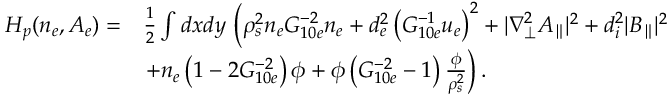
\begin{array} { r l } { H _ { p } ( n _ { e } , A _ { e } ) = } & { \frac { 1 } { 2 } \int d x d y \, \left( \rho _ { s } ^ { 2 } n _ { e } G _ { 1 0 e } ^ { - 2 } n _ { e } + d _ { e } ^ { 2 } \left( G _ { 1 0 e } ^ { - 1 } u _ { e } \right) ^ { 2 } + | \nabla _ { \perp } ^ { 2 } A _ { \parallel } | ^ { 2 } + d _ { i } ^ { 2 } | B _ { \parallel } | ^ { 2 } \right. } \\ & { \left. + n _ { e } \left( 1 - 2 G _ { 1 0 e } ^ { - 2 } \right) \phi + \phi \left( G _ { 1 0 e } ^ { - 2 } - 1 \right) \frac { \phi } { \rho _ { s } ^ { 2 } } \right) . } \end{array}